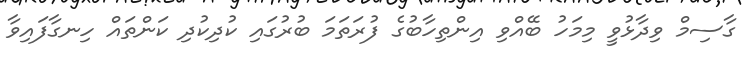
ގާސިމް ވިދާޅުވީ މިމަހު ބޭއްވި އިންތިހާބުގެ ފުރަތަމަ ބުރުގައި ކުދިކުދި ކަންތައް ހިނގާފައިވާ